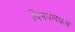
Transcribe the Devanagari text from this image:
विनयलक्षण